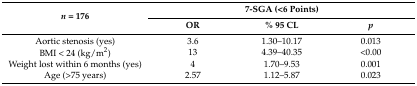
| <ROWSPAN=2> n = 176 | <COLSPAN=3> 7-SGA (<6 Points) |
 | OR | % 95 CL | p |
 | --- | --- | --- | --- |
 | Aortic stenosis (yes) | 3.6 | 1.30–10.17 | 0.013 |
 | BMI < 24 (kg/m2) | 13 | 4.39–40.35 | <0.00 |
 | Weight lost within 6 months (yes) | 4 | 1.70–9.53 | 0.001 |
 | Age (>75 years) | 2.57 | 1.12–5.87 | 0.023 |